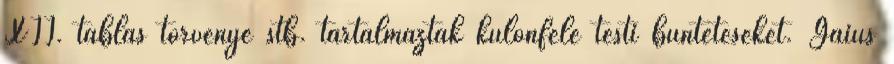
XII. táblás törvénye stb. tartalmaztak különféle testi büntetéseket. Gaius